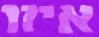
איזו